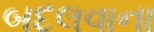
બદલવાના